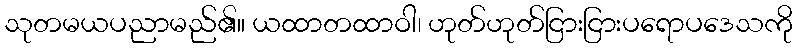
သုတမယပညာမည်၏။ ယထာတထာဝါ၊ ဟုတ်ဟုတ်ငြားငြားပရောပဒေသကို